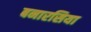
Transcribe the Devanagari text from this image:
बनारसिया